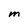
Character: M